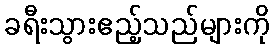
ခရီးသွားဧည့်သည်များကို